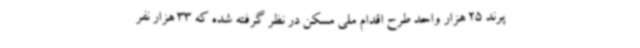
پرند 25 هزار واحد طرح اقدام ملی مسکن در نظر گرفته شده که 33 هزار نفر